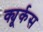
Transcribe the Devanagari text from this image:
क्यूर्कस